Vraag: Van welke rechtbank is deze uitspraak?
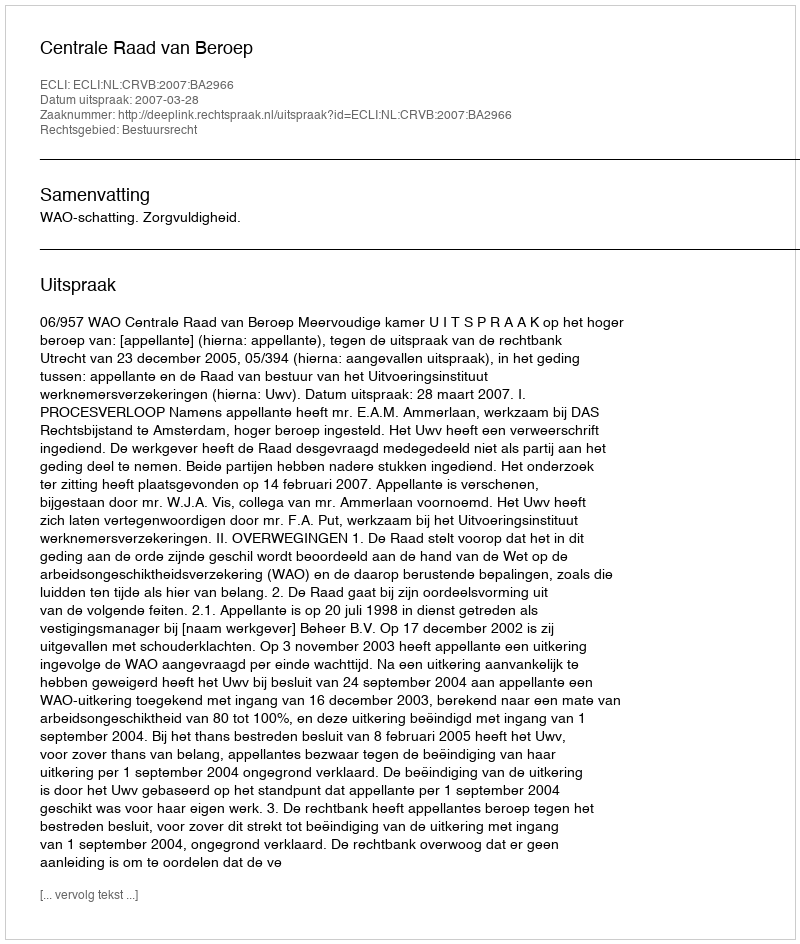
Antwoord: Centrale Raad van Beroep